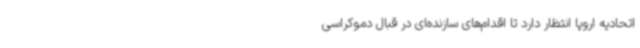
اتحادیه اروپا انتظار دارد تا اقدام‌های سازنده‌ای در قبال دموکراسی